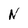
Character: N